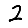
Digit: 2